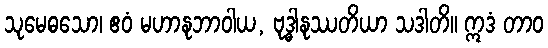
သုမေဓသော၊ ဧဝံ မဟာနုဘာဝါယ, ဗုဒ္ဓါနုဿတိယာ သဒါတိ။ ဣဒံ တာဝ